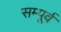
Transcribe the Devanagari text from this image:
सम्पूर्व